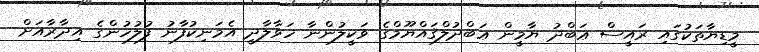
މީޑިޔާތަކުގައި ރައީސް ޢަބްދު ޔާމީން ޢަބްދުލްޤައްޔޫމްގެ ވަކީލުންނާ ހަވާލާދީ އެމަނިކުފާނު ފުލުހުންގެ އިދާރާއަށް